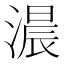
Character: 𮳐